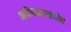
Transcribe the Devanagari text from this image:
भविष्यकाळातील